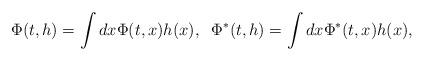
LaTeX: \begin{align*}\Phi(t,h) = \int dx \Phi (t,x)h(x) , \; \;\Phi^*(t,h) = \int dx \Phi^* (t,x)h(x) ,\end{align*}